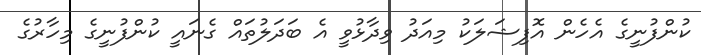
ކުންފުނީގެ އެހެން އޮފިޝަލަކު މިއަދު ވިދާޅުވީ އެ ބަދަލުތައް ގެނައީ ކުންފުނީގެ މިހާރުގެ